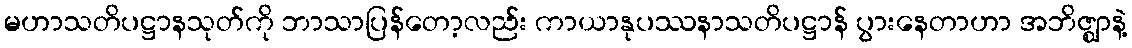
မဟာသတိပဋ္ဌာနသုတ်ကို ဘာသာပြန်တော့လည်း ကာယာနုပဿနာသတိပဋ္ဌာန် ပွားနေတာဟာ အဘိဇ္ဈာနဲ့